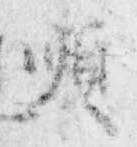
順